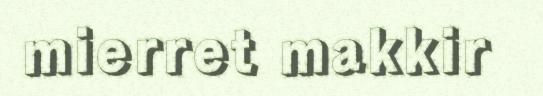
mierret makkir